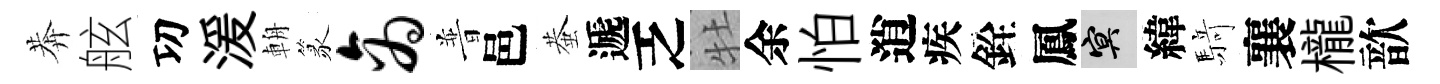
莾舷㓛湲輈篆商普邑蛬遞乏牡余怕逍疾銓鳳冥緯𮪍襄櫳歆